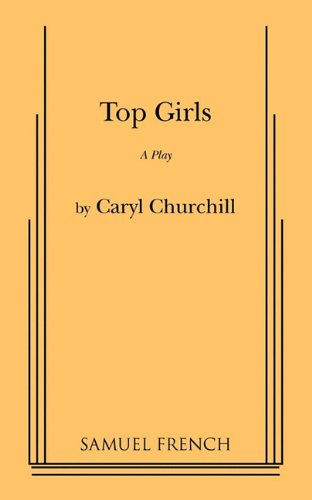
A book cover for Top Girls; Caryl Churchill; Literature & Fiction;